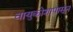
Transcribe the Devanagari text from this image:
वायुकोशापासून